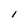
Character: 1